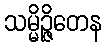
သမ္မိဉ္ဇိတေန